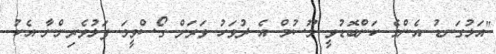
"އަޅުގަނޑު އެންމެ ކަންބޮޑުވީ މޫސުމް އެ ދުވަހު ވަރަށް ގޯސްވީމަ ފަޅުވެރިންނާ އެކު